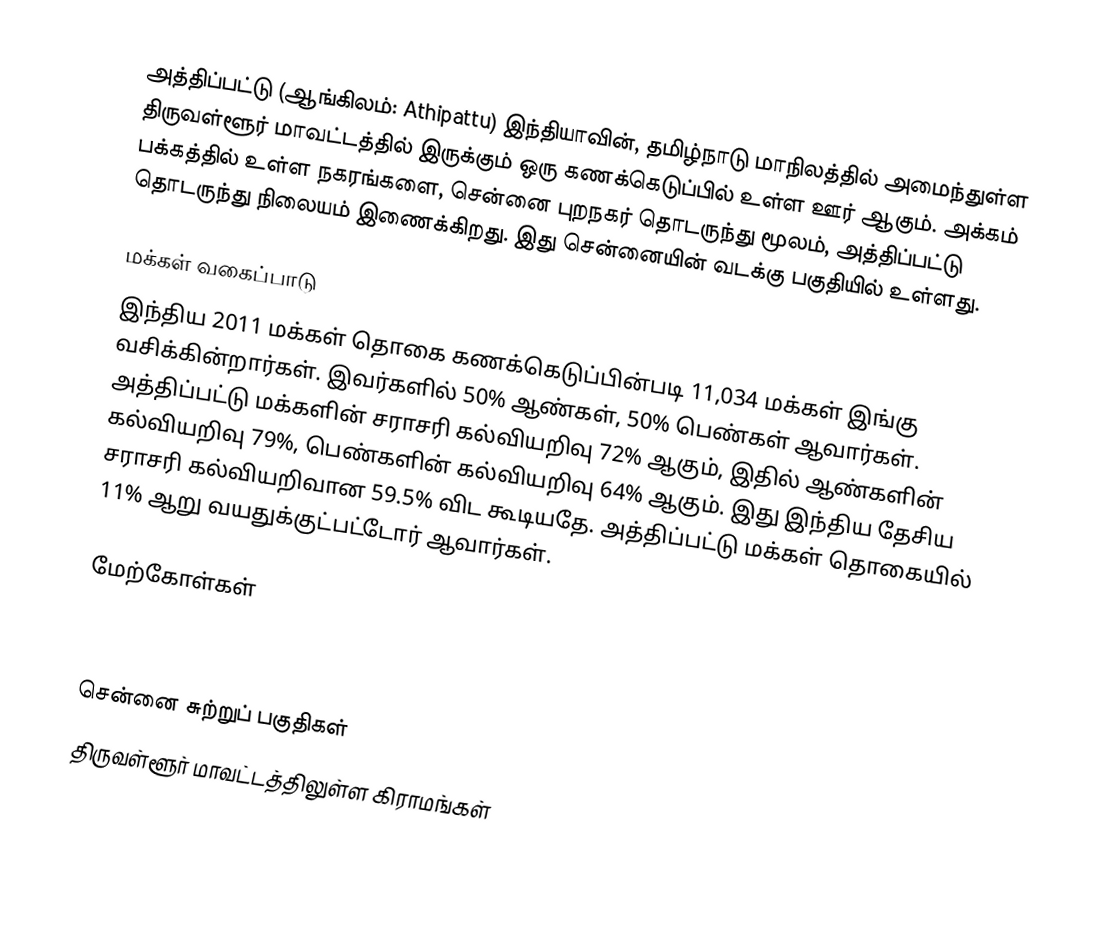
அத்திப்பட்டு (ஆங்கிலம்: Athipattu) இந்தியாவின், தமிழ்நாடு மாநிலத்தில் அமைந்துள்ள திருவள்ளூர் மாவட்டத்தில் இருக்கும் ஒரு கணக்கெடுப்பில் உள்ள ஊர் ஆகும். அக்கம் பக்கத்தில் உள்ள நகரங்களை, சென்னை புறநகர் தொடருந்து மூலம், அத்திப்பட்டு தொடருந்து நிலையம் இணைக்கிறது. இது சென்னையின் வடக்கு பகுதியில் உள்ளது.

மக்கள் வகைப்பாடு
இந்திய 2011 மக்கள் தொகை கணக்கெடுப்பின்படி 11,034 மக்கள் இங்கு வசிக்கின்றார்கள். இவர்களில் 50% ஆண்கள், 50% பெண்கள் ஆவார்கள். அத்திப்பட்டு மக்களின் சராசரி கல்வியறிவு 72% ஆகும், இதில் ஆண்களின் கல்வியறிவு 79%, பெண்களின் கல்வியறிவு 64% ஆகும். இது இந்திய தேசிய சராசரி கல்வியறிவான 59.5% விட கூடியதே. அத்திப்பட்டு மக்கள் தொகையில் 11% ஆறு வயதுக்குட்பட்டோர் ஆவார்கள்.

மேற்கோள்கள்



சென்னை சுற்றுப் பகுதிகள்
திருவள்ளூர் மாவட்டத்திலுள்ள கிராமங்கள்